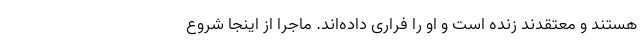
هستند و معتقدند زنده است و او را فراری داده‌اند. ماجرا از اینجا شروع